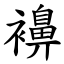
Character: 襣